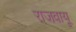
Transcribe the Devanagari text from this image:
राजवायू